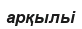
арқыльі